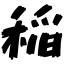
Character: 稲